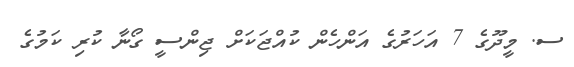
ސ. މީދޫގެ 7 އަހަރުގެ އަންހެން ކުއްޖަކަށް ޖިންސީ ގޯނާ ކުރި ކަމުގެ